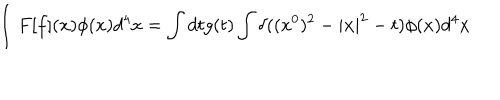
\int F [ f ] ( x ) \phi ( x ) d ^ { 4 } x = \int d t g ( t ) \int \delta ( ( x ^ { 0 } ) ^ { 2 } - | { \bf x } | ^ { 2 } - t ) \phi ( x ) d ^ { 4 } x